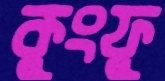
কুংফু